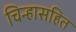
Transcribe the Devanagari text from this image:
चिन्हासहित